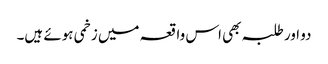
دو اور طلبہ بھی اس واقعہ میں زخمی ہوئے ہیں۔